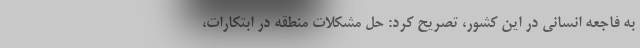
به فاجعه انسانی در این کشور، تصریح کرد: حل مشکلات منطقه در ابتکارات،